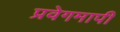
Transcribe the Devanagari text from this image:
प्रवेगमापी